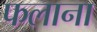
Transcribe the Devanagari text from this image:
फलाना